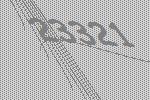
23321